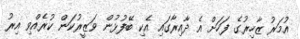
އުމަރު ޒާހިރުގެ ފަހަށް އެ ދާއިރާގައި އެކި ބޭފުޅުން ވަޒީރުކަން ކުރެއްވި އިރު